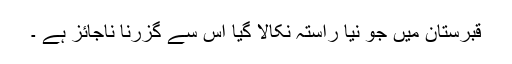
قبرِستان میں جو نیا راستہ نکالا گیا اُس سے گزرنا ناجائز ہے ۔